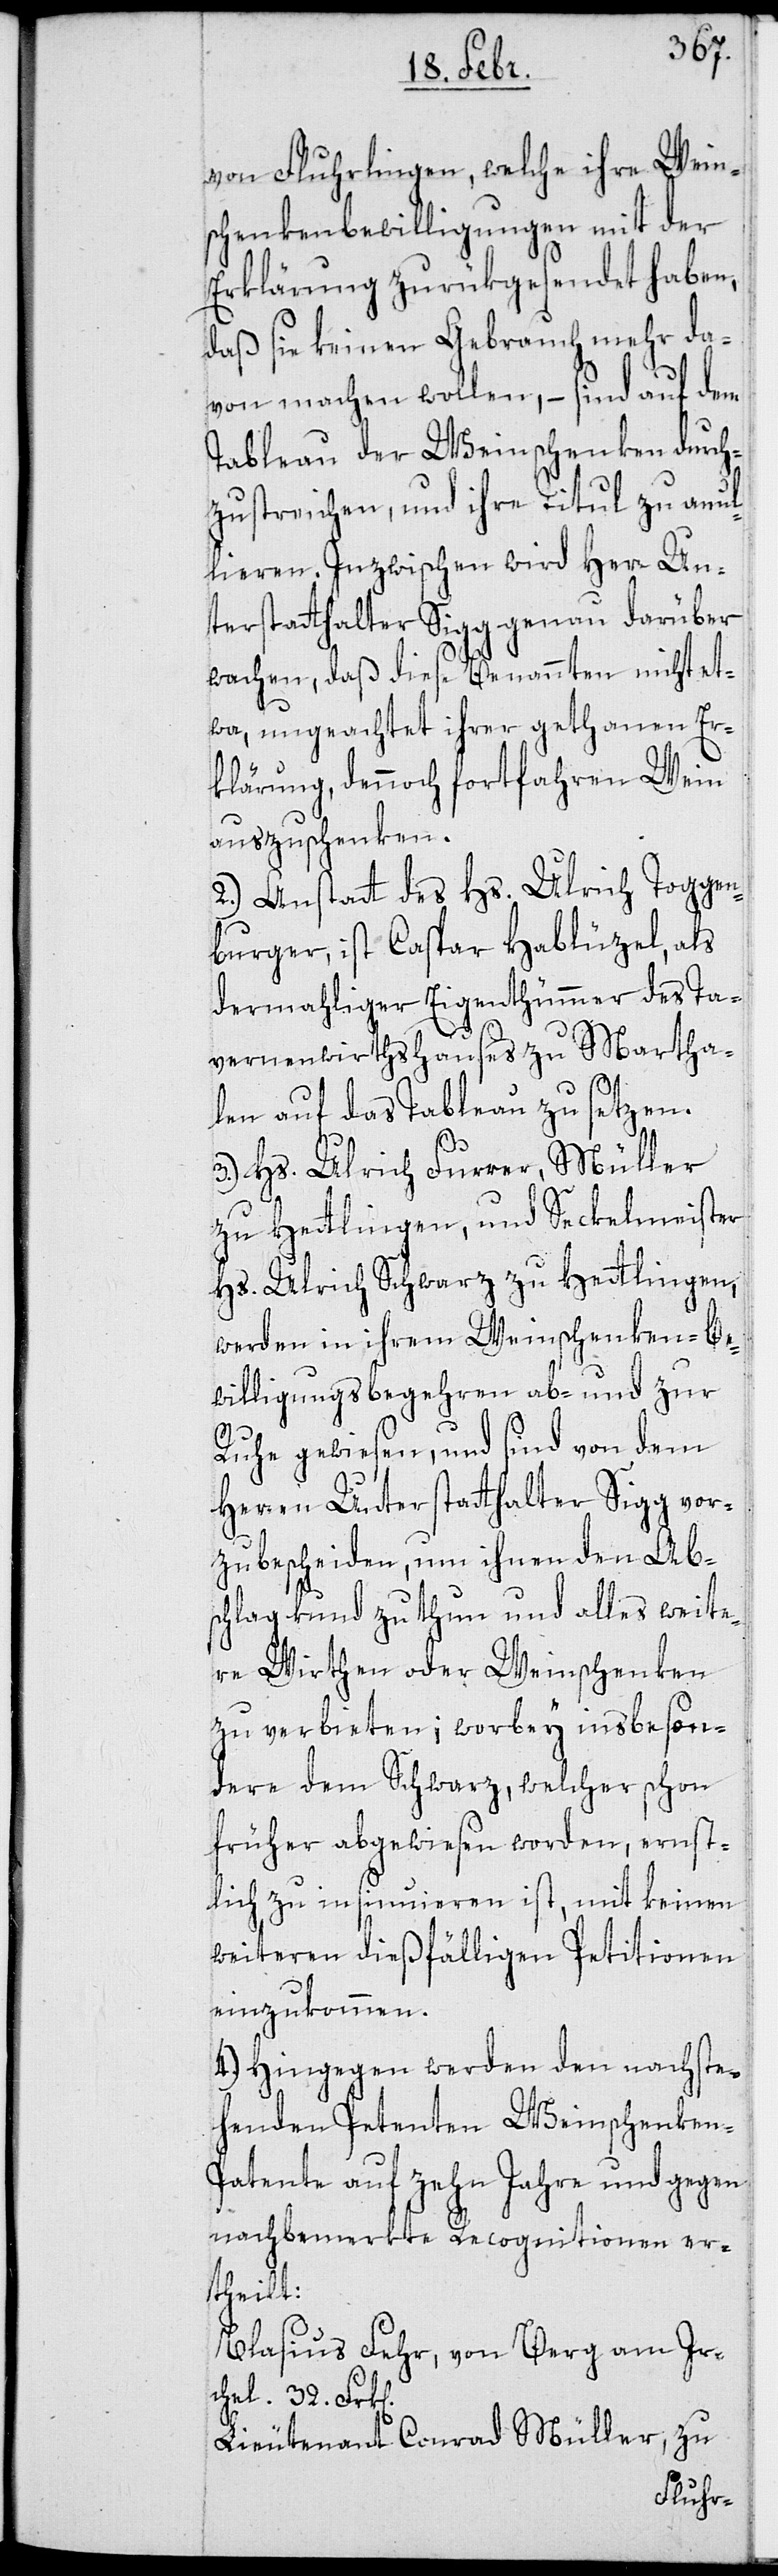
von Fluhrlingen, welche ihre Wein¬
schenkenbewilligungen mit der
Erklärung zurükgesendet haben,
daß sie keinen Gebrauch mehr da¬
von machen wollen, – sind auf dem
Tableau der Weinschenken durch¬
zustreichen, und ihre Titul zu annul¬
lieren. Inzwischen wird Herr Un¬
terstatthalter Sigg genau darüber
wachen, daß diese Benannten nicht et¬
wa, ungeachtet ihrer gethanen Er¬
klärung, dennoch fortfahren Wein
auszuschenken.
2.) Anstatt des Hs. Ulrich Toggen¬
burger, ist Caspar Hablützel, als
dermahliger Eigenthümmer des Ta¬
vernenwirthshauses zu Martha¬
len auf das Tableau zu setzen.
3.) Hs. Ulrich Furrer, Müller
zu Hettlingen, und Seckelmeister
Hs. Ulrich Schwarz zu Hettlingen,
werden in ihrem Weinschenken-Be¬
willigungsbegehren ab- und zur
Ruhe gewiesen, und sind von dem
Herren Unterstatthalter Sigg vor¬
zubescheiden, um ihnen den Ab¬
schlag kund zu thun und alles weite¬
re Wirthen oder Weinschenken
zu verbieten; worbey insbeson¬
dere dem Schwarz, welcher schon
früher abgewiesen worden, ernst¬
lich zu insinuieren ist, mit keinen
weiteren dießfälligen Petitionen
einzukommen.
4.) Hingegen werden den nachste¬
henden Petenten Weinschenken-P¬
atente auf zehn Jahre und gegen
nachbemerkte Recognitionen er¬
k[en].
Blasius Fehr, von Berg am Ir¬
chel, 32. Fr¬
Lieutenant Conrad Müller, zu